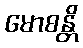
မောစန္တိ